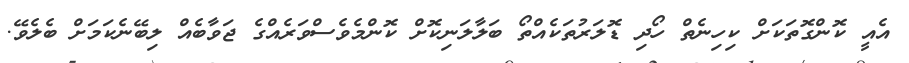
އެއީ ކޮންގޮތަކަށް ކިހިނެތް ހޯދި ޑޮލަރުތަކެއްތޯ ބަލާލަނިކޮށް ކޮންމެވެސްވަރެއްގެ ޖަވާބެއް ލިބޭނެކަމަށް ބެލެވޭ.